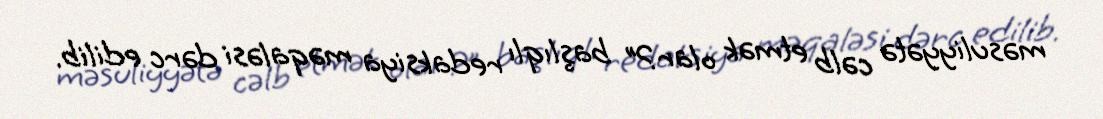
məsuliyyətə cəlb etmək olar?” başlıqlı redaksiya məqaləsi dərc edilib.